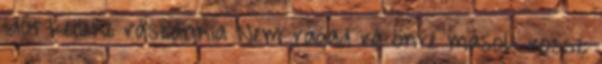
időt kellene rászánnia Nem ragad rá önre mások rossz